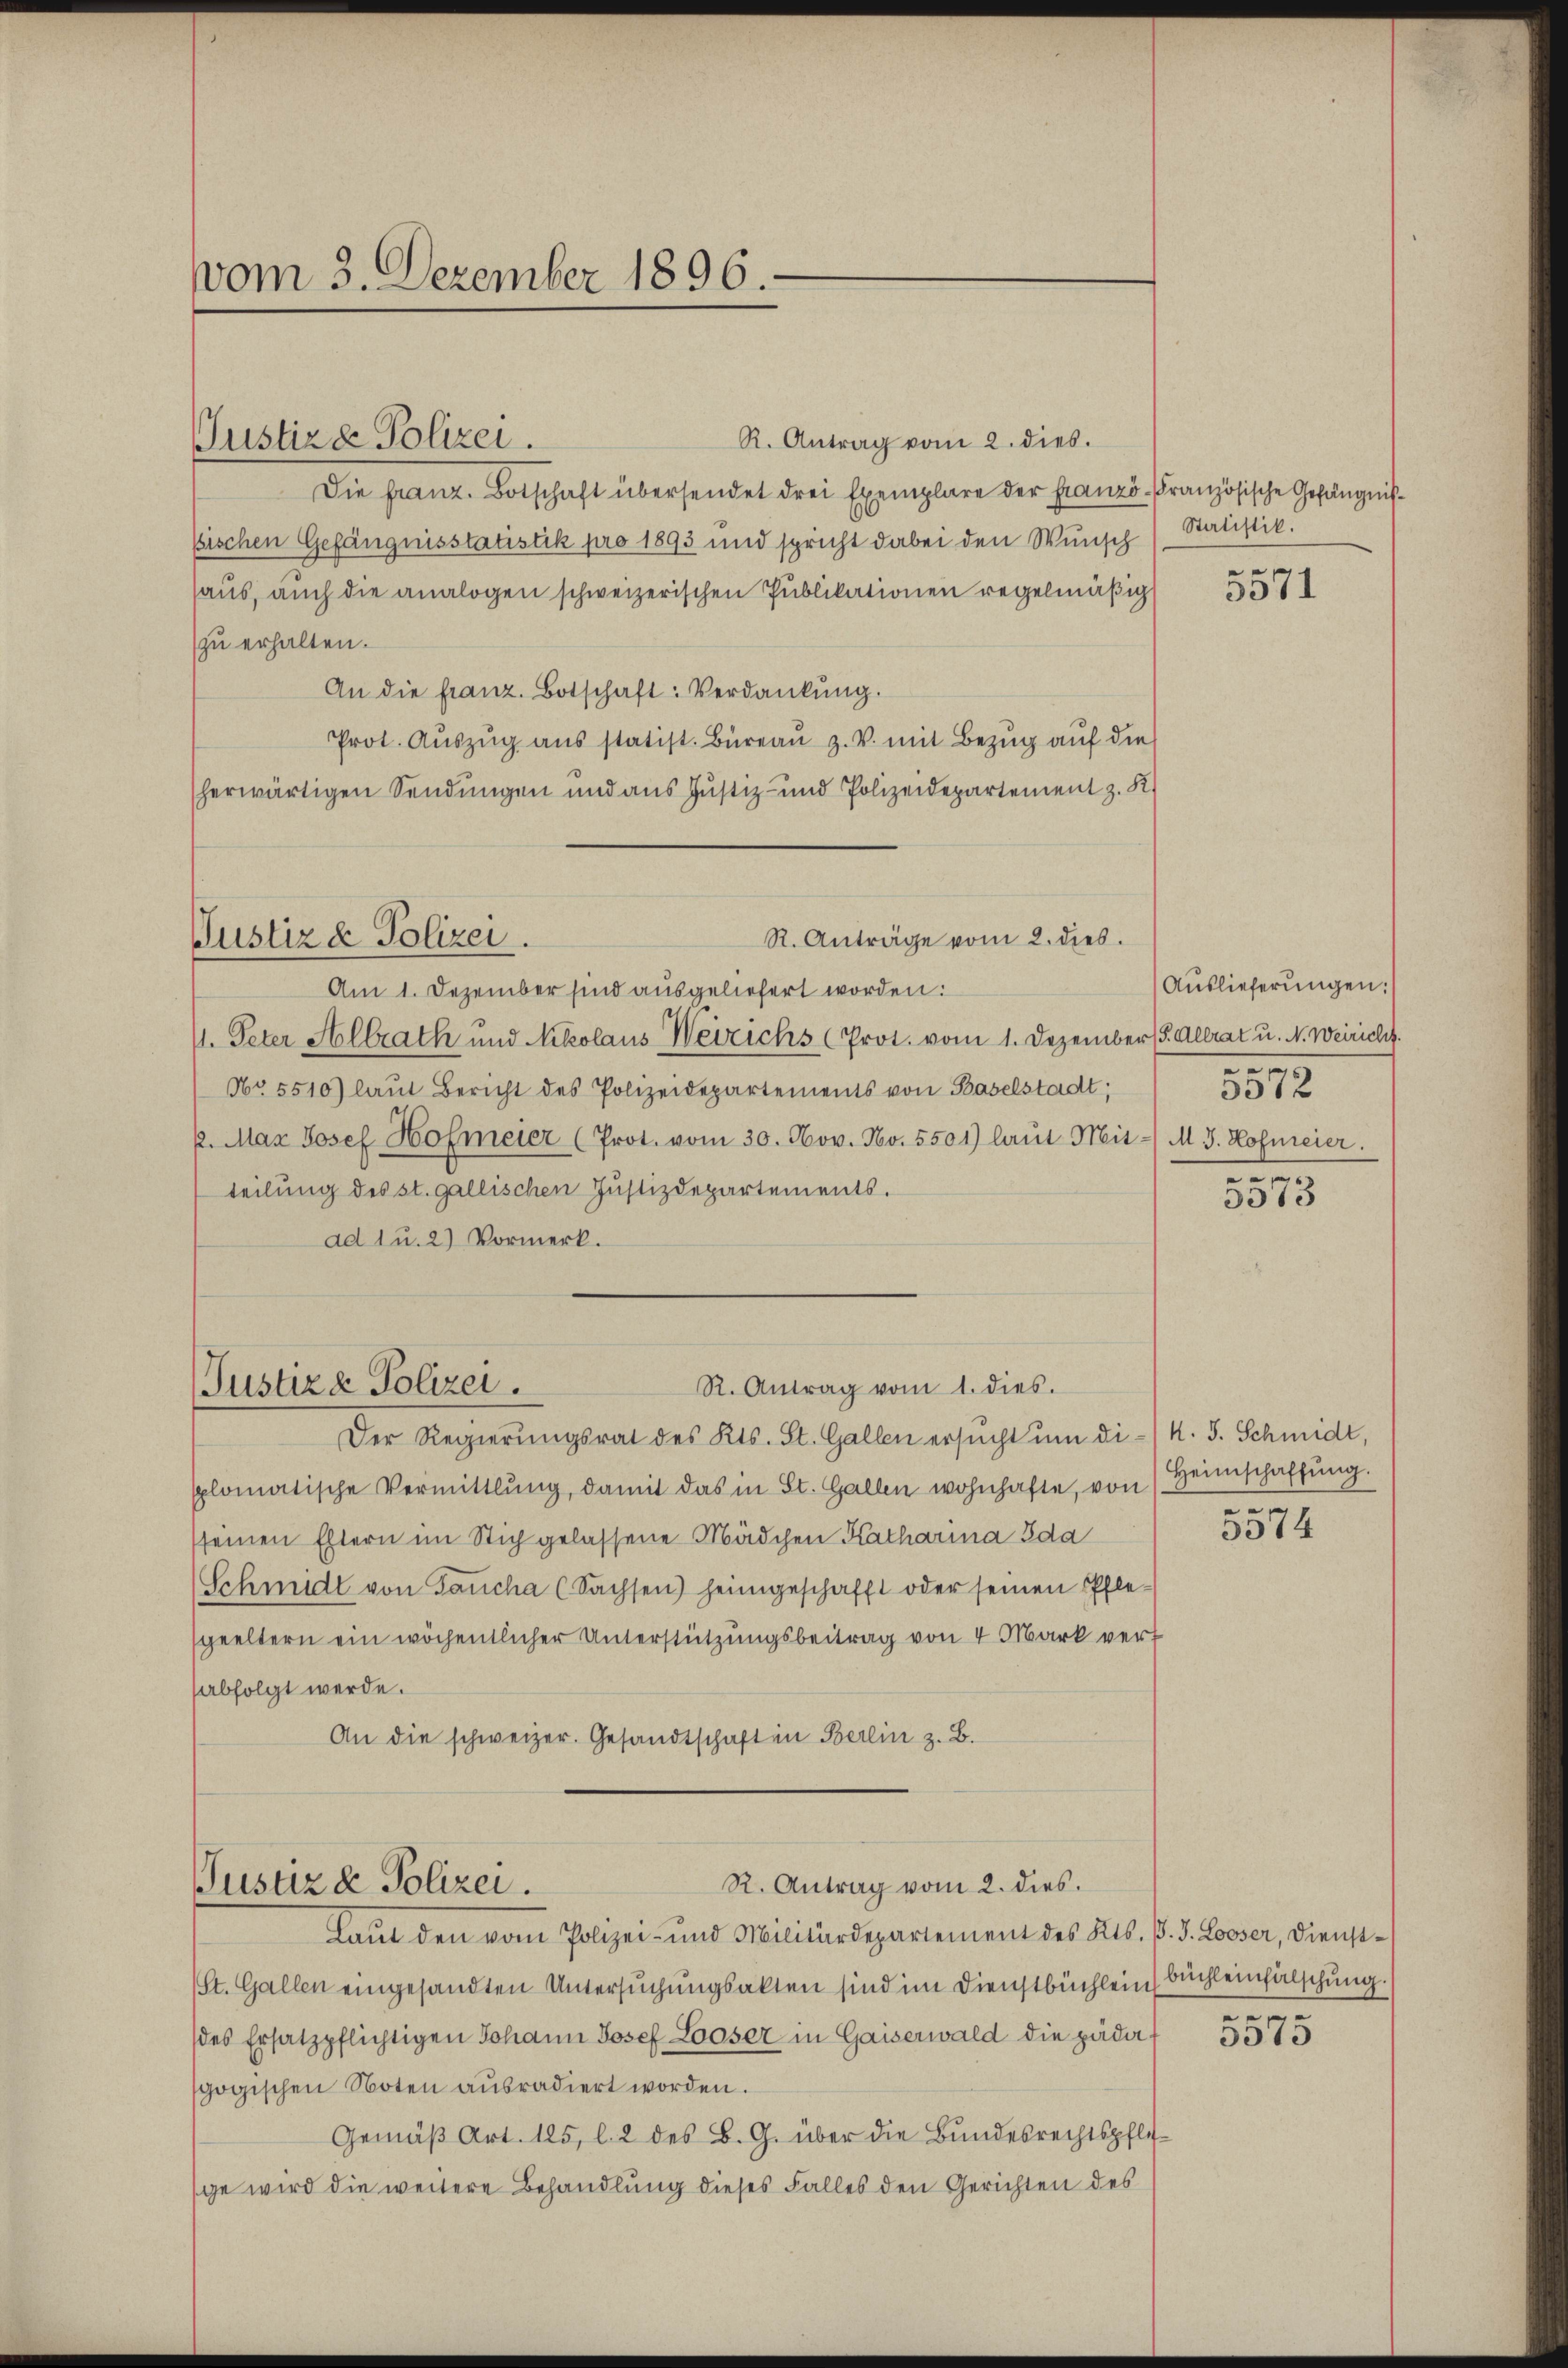
vom 3. Dezember 1896.

Justiz & Polizei.

R. Antrag vom 2. dies.
Die Franz. Botschaft übersendet drei Exemplare der Franzö-Französische Gefängnißsischen Gefängnisstatistik pro 1893 und spricht dabei den Wunsch (Statistik.
haus, auch die analogen schweizerischen Publikationen regelmäßig
zu erhalten.
An die franz. Botschaft: Verdankung.
Prot. Aŭszŭg aŭs statist. Büreaŭ z. V. mit Bezŭg aŭf die
herwärtigen Sendungen und aus Justiz- und Polizeidepartement z. K

R. Anträge vom 2. dies.
Justiz & Polizei.

R. Antrag vom 1. dies.
Justiza Polizei.

R. Antrag vom 2. dies.
Pustiz & Polizei.
Laut den vom Polizei- und Militärdepartement des Kts. B. J. Looser, Dienst-

Am 1. Dezember sind ausgeliefert worden:
11. Peter Altrath und Nikolaus Weirichs (Prot. vom 1. Dezember (S. Altrat u. N. Weiricht.
No 5510) laut Bericht des Polizeidepartements von Baselstadt;
2. Max Josef Hofmeier (Prot. vom 30. Nov. No. 5501) laut Mit-/ M. J. Hofmeier.
teilung des st. gallischen Justizdepartements.
ad 1 u. 2) Vormerk.

e

Der Regierungsrat des Kts. St. Gallen ersucht um di- / 4. 5. Schmidt,
splomatische Vermittlung, damit das in St. Gallen wohnhafte, von Heimschaffŭng.
sseinen Eltern im Stich gelassene Mädchen Katharina Ida
(Schmidt von Jaŭcha (Sachsen) heimgeschafft oder seinen Pflegeeltern ein wöchentlicher Unterstützungsbeitrag von 4 Mark vert
abfolgt werde.
An die schweizer. Gesandtschaft in Berlin z. B.

(St. Gallen eingesandten Untersuchungsakten sind im Dienstbüchlein büchleinfälschung.
des Ersatzpflichtigen Johann Josef Looser in Gaiserwald die pädat
gogischen Noten aŭsradiert worden.
Gemäβ Art. 125, l. 2 des B. G. über die Bŭndesrechtspflige wird die weitere Behandlung dieses Falles den Gerichten des

3971

Auslieferŭngen:
.
5512
e

5513

e

3374

2

3375